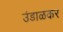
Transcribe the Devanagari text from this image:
उंडाळकर